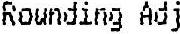
ROUNDING ADJ